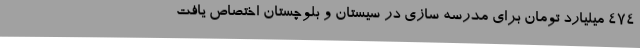
474 میلیارد تومان برای مدرسه سازی در سیستان و بلوچستان اختصاص یافت